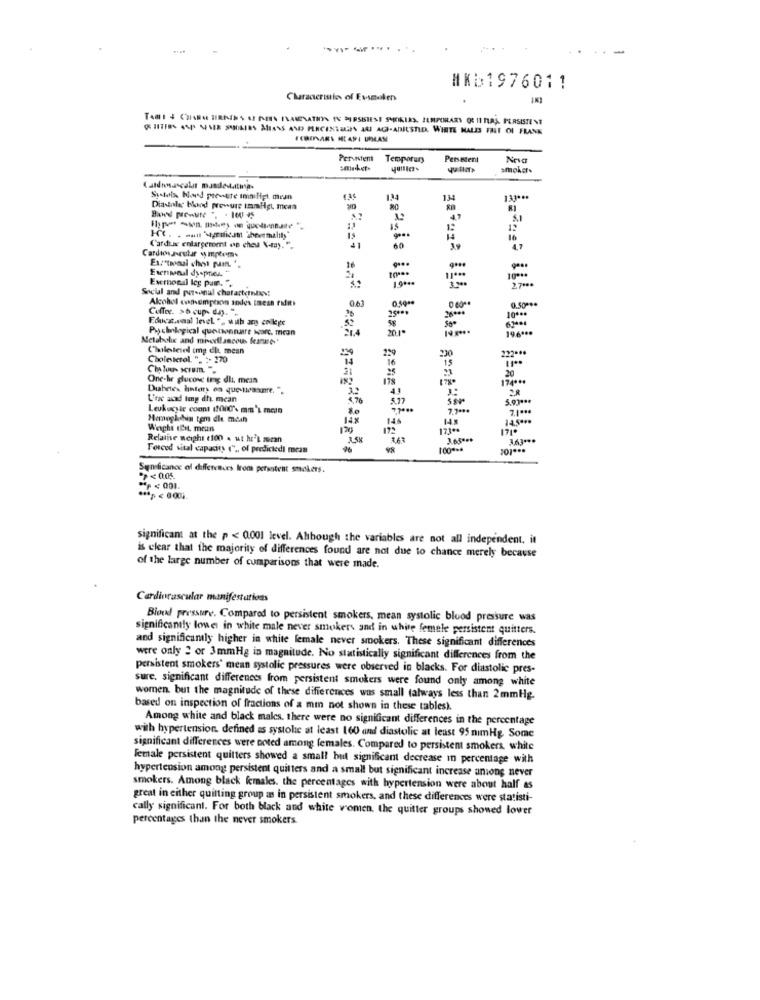
MKB1976011
Cluraceristics of Essmolen
TAMI 4 CHIARA TRAINS AL PES INAMINATION TE PERSISTESI SMOKIES, ILMPORARY OU 11 TURA. PERSISTENT
( ITF8% ASP SEE SAOAIRS ALANS AND PERCENTAGES ARI ACH-ADJUSTED. WHITE MALIS FALI OI FRANK
Perunitem Temporary
Persetent
smoker.
Cardonascalar mandestatusa.
Sistals Hond pre-ute immilict mean
134
134
133 ***
Diastole blond prewure immigt mean
. 160 45
12
16
Cardiac enlargement en ches X-ray.".
60
4.7
Cardio,Jeular w mpcom.
16
Exernonal leg pum. ".
1.9 ***
2 7 0
Social and personal chatarterniwy:
Alcohol consumption andes tmean rafRts
0,500
Coffee. >6 cup- day.".
25009
2s
Puchological quetsonnare borc. mcon
1.4
20.1.
14 50
196000
Metabolic and mivedlancous (eames'
Cholesterol img die mean
Cholesterol. ". :- 270
16
230
is
Ch lou- scrum. .
One-hr glucose trag dit. mein
20
Diabetes hinter, on que teaxne. ".
U're acad tong dii mean
1.76
Leukocyte count (1000'% mm's mcan
7.7 ...
Hemoglobin tom die mein
146
Weight IEnt, mean
120
172
173 **
Relative weighs (100 . ut hr's mcan
300000
Forced vital capacity (" ,, of predictedi mean
Semlicance of differences Irom persastent smokers.
"><00
significant at the p < 0.001 level. Although the variables are not all independent, it
is clear that the majority of differences found are not due to chance merely because
of the large number of comparisons that were made.
Cardiovascular manifestations
Blood pressure. Compared to persistent smokers, mean systolic blood pressure was
significantly lower in white male never smokers and in white femele persistent quitters.
and significantly higher in white female never smokers. These significant differences
were only 2 or 3mmHg in magnitude. No statistically significant differences from the
persistent smokers' mean systolic pressures were observed in blacks. For diastolic pres-
sure. significant differences from persistent smokers were found only among white
women. but the magnitude of these differences was small (always less than 2mmHg.
based on inspection of fractions of a mi not shown in these tables).
Among white and black males. there were no significant differences in the percentage
with hypertension. defined as systolic at least 160 and diastolic at least 95 nimHg Some
significant differences were coted among females. Compared to persistent smokers, white
Female persistent quitters showed a small but significant decrease in percentage with
hypertension among persistent quitters and a small but significant increase unions never
smokers. Among black females. the percentages with hypertension were about half as
great in either quitting group as in persistent smokers, and these differences were statisti-
cally significant. For both black and white women. the quitter groups showed lower
percentages than the never smokers.